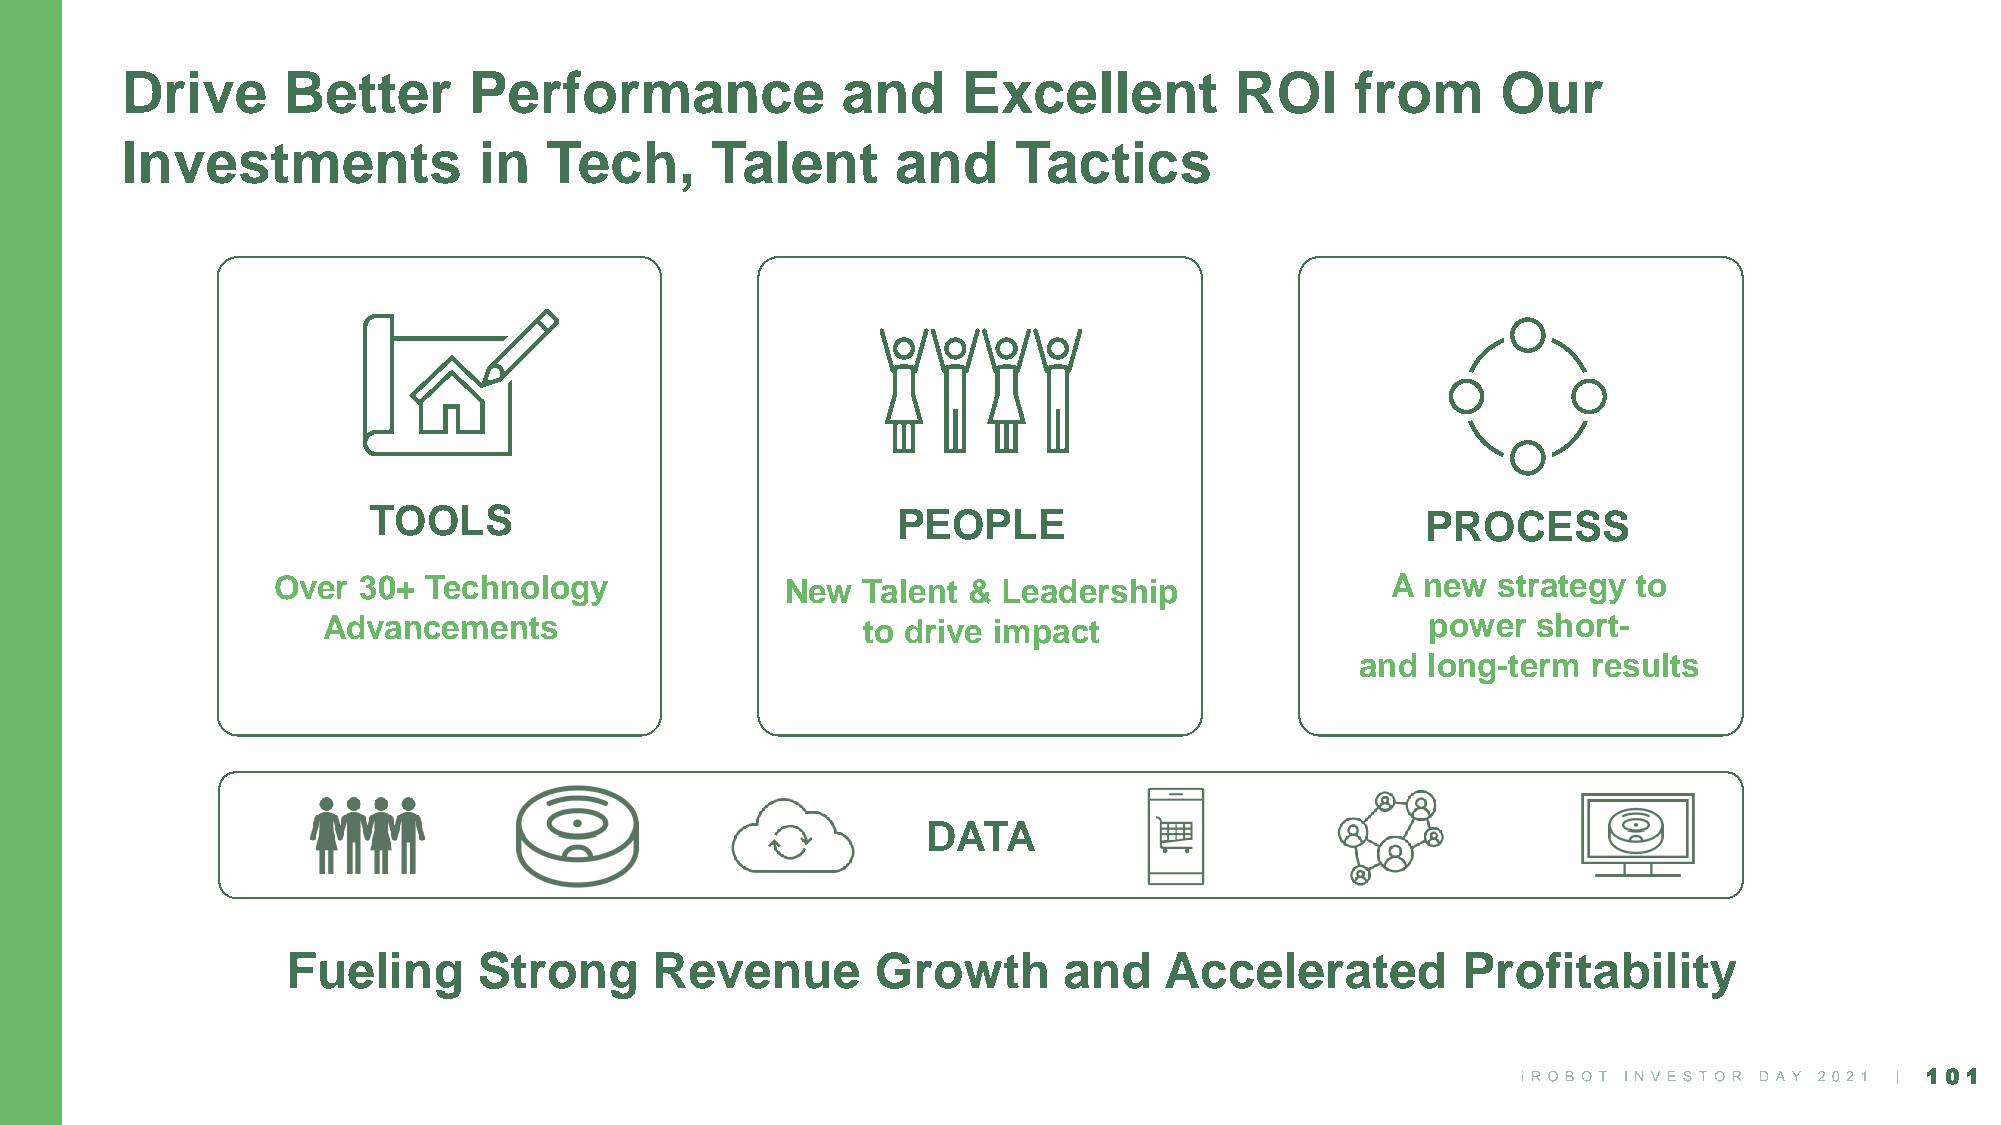
Drive      Better      Performance              and     Excellent         ROI     from     Our
 Investments             in  Tech,      Talent      and     Tactics
 TOOLS                              PEOPLE                             PROCESS
 Over  30+ Technology              New  Talent & Leadership                A new  strategy to
 Advancements                        to drive impact                       power  short-
 and long-term  results
 DATA
 Fueling      Strong     Revenue        Growth      and    Accelerated         Profitability
 101